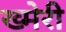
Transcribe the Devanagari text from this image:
ख्मेरी